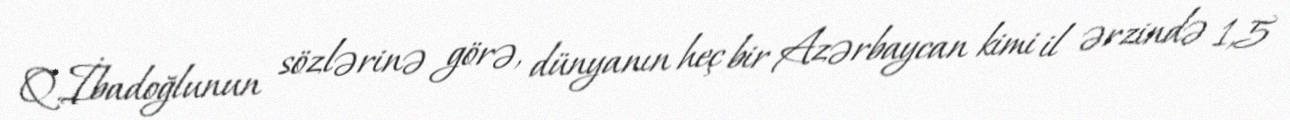
Q.İbadoğlunun sözlərinə görə, dünyanın heç bir Azərbaycan kimi il ərzində 1,5